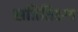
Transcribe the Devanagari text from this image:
सत्रितिक्ष्ण